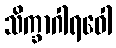
သိက္ခာဂါရဝေါ